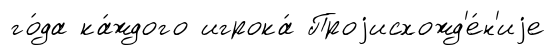
го́да ка́ждого игрока́ Проjисхожд'е́н'иjе